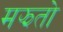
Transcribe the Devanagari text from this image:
मझतो